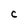
Character: C